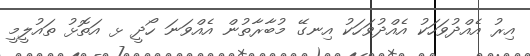
އިރު އެއްދުވަހަކު އެއްދުވަހަކު އިނގޭ މުބާރާތުން އެއްވަނަ ހޯދީ ޅ އަތޮޅު ތައުލީމީ